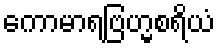
ကောမာရဗြဟ္မစရိယံ